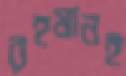
রহমানই